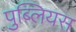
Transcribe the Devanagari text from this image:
पुब्लियस